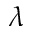
\lambda